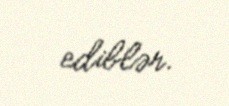
ediblər.